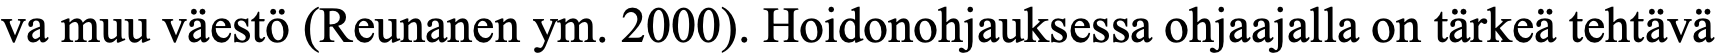
va muu väestö (Reunanen ym. 2000). Hoidonohjauksessa ohjaajalla on tärkeä tehtävä